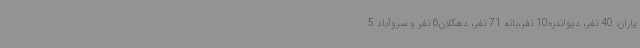
یاران: 40 نفر، دیواندره10 نفر،بانه 71 نفر، دهگلان6 نفر و سروآباد 5